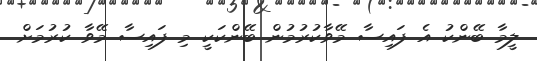
ލީމާ ބޭންކު އެ ފައިސާ މޭވާކުރުމުން ބޭންކަކީ މި ފައިސާ މޭވާ ކުރުމަށް